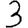
Digit: 3